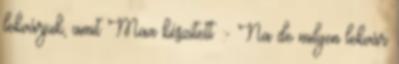
lekvárjuk, amit Max készített :- Na de milyen lekvár